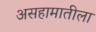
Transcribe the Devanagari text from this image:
असहामातीला